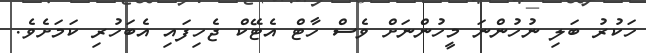
ހަކުރު ބަލި ނުހުންނަ މީހުންނަށް ވެސް ހާޓް އެޓޭކް ޖެހިފައި އެބަހުރި ކަމަށެވެ.